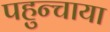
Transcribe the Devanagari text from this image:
पहुन्चाया